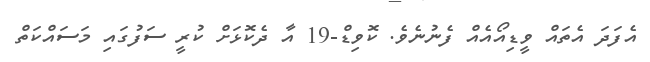
އެފަދަ އެތައް ވީޑިއޯއެއް ފެނުނެވެ. ކޮވިޑް-19 އާ ދެކޮޅަށް ކުރީ ސަފުގައި މަސައްކަތް